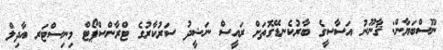
ނޫސްބަޔާން: ޤާނޫނު އަސާސީގެ ބާރުކެނޑޭގޮތަށް ރައީސް ނަޝީދު ސަރުކާރުގެ ޓްރާންސްޕޯޓް މިނިސްޓަރ އާދިލް